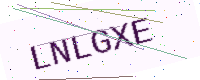
Text: LNLGXE